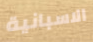
الاسبانية